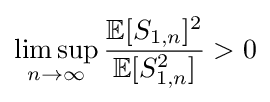
\limsup _{n\to \infty }{\frac {\mathbb {E} [S_{1,n}]^{2}}{\mathbb {E} [S_{1,n}^{2}]}}>0